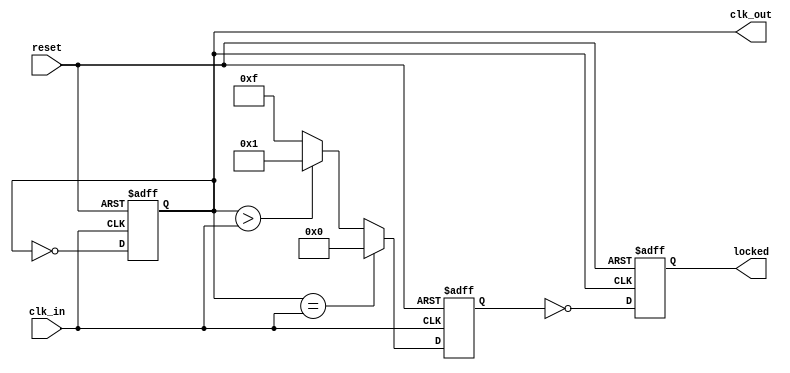
module pll (
    input wire clk_in,         // Incoming data signal
    input wire reset,          // Reset signal
    output wire clk_out,       // PLL output clock
    output wire locked         // Lock status indicator
);

    // Parameters
    parameter integer VCO_MAX_FREQ = 100; // Max frequency for VCO
    parameter integer VCO_MIN_FREQ = 10;   // Min frequency for VCO

    // Internal signals
    reg [3:0] phase_error;       // Phase error from PD
    reg [7:0] loop_filter_output; // Output from Loop Filter
    reg [7:0] vco_frequency;      // Current frequency of the VCO
    reg vco_clk;                  // VCO output clock
    reg lock;                     // Lock status

    // Phase Detector
    always @(posedge clk_in or posedge reset) begin
        if (reset) begin
            phase_error <= 4'b0;
        end else begin
            // Simple phase comparison logic
            // This is a placeholder for actual phase detection logic
            phase_error <= (vco_clk == clk_in) ? 4'b0 : (vco_clk > clk_in) ? 4'b1 : 4'b1111;
        end
    end

    // Loop Filter
    always @(posedge clk_in or posedge reset) begin
        if (reset) begin
            loop_filter_output <= 8'b0;
        end else begin
            // Simple filter logic (placeholder)
            loop_filter_output <= loop_filter_output + phase_error[3:0];
            // Implement saturation logic to prevent overflow
            if (loop_filter_output > 8'd255) begin
                loop_filter_output <= 8'd255;
            end
        end
    end

    // Voltage-Controlled Oscillator (VCO)
    always @(posedge clk_in or posedge reset) begin
        if (reset) begin
            vco_frequency <= VCO_MIN_FREQ;
            vco_clk <= 1'b0;
        end else begin
            // Adjust VCO frequency based on loop filter output
            if (loop_filter_output > 8'd128) begin
                vco_frequency <= vco_frequency + 1;
            end else if (loop_filter_output < 8'd128) begin
                vco_frequency <= vco_frequency - 1;
            end

            // Keep VCO frequency within limits
            if (vco_frequency > VCO_MAX_FREQ) begin
                vco_frequency <= VCO_MAX_FREQ;
            end else if (vco_frequency < VCO_MIN_FREQ) begin
                vco_frequency <= VCO_MIN_FREQ;
            end

            // Generate VCO clock signal (simple toggling based on frequency)
            vco_clk <= ~vco_clk;
        end
    end

    // Feedback loop
    always @(posedge vco_clk or posedge reset) begin
        if (reset) begin
            lock <= 1'b0;
        end else begin
            // Lock detection logic (simplified)
            lock <= (phase_error == 4'b0);
        end
    end

    // Output stage
    assign clk_out = vco_clk;
    assign locked = lock;

endmodule